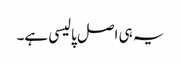
یہ ہی اصل پالیسی ہے۔